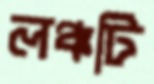
লঞ্চটি